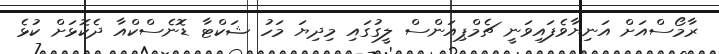
ރާމޯސްއަށް އަނިޔާވެފައިވަނީ ޗެމްޕިއަންސް ލީގުގައި މިދިޔަ މަހު ޝަކްޓާ ޑޮނެސްކްއާ ދެކޮޅަށް ކުޅެ